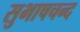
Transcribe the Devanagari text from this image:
सुभाषचन्द